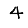
Digit: 4